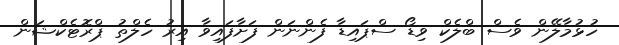
ހުޅުމާލޭން ވެސް ބްލެކް ވިޑޯ ސްޕައިޑާ ފެންނަން ފަށާފައިވާ އިރު ހެލްތު ޕްރޮޓެކްޝަން